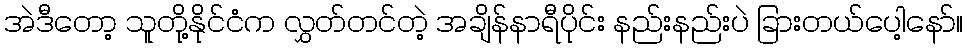
အဲဒီတော့ သူတို့နိုင်ငံက လွှတ်တင်တဲ့ အချိန်နာရီပိုင်း နည်းနည်းပဲ ခြားတယ်ပေါ့နော်။